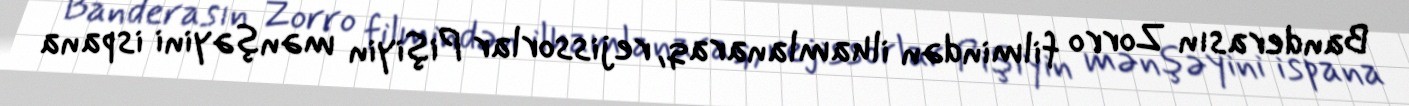
Banderasın Zorro filmindən ilhamlanaraq, rejissorlar Pişiyin mənşəyini ispana